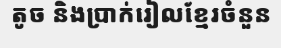
តូច និងប្រាក់រៀលខ្មែរចំនួន